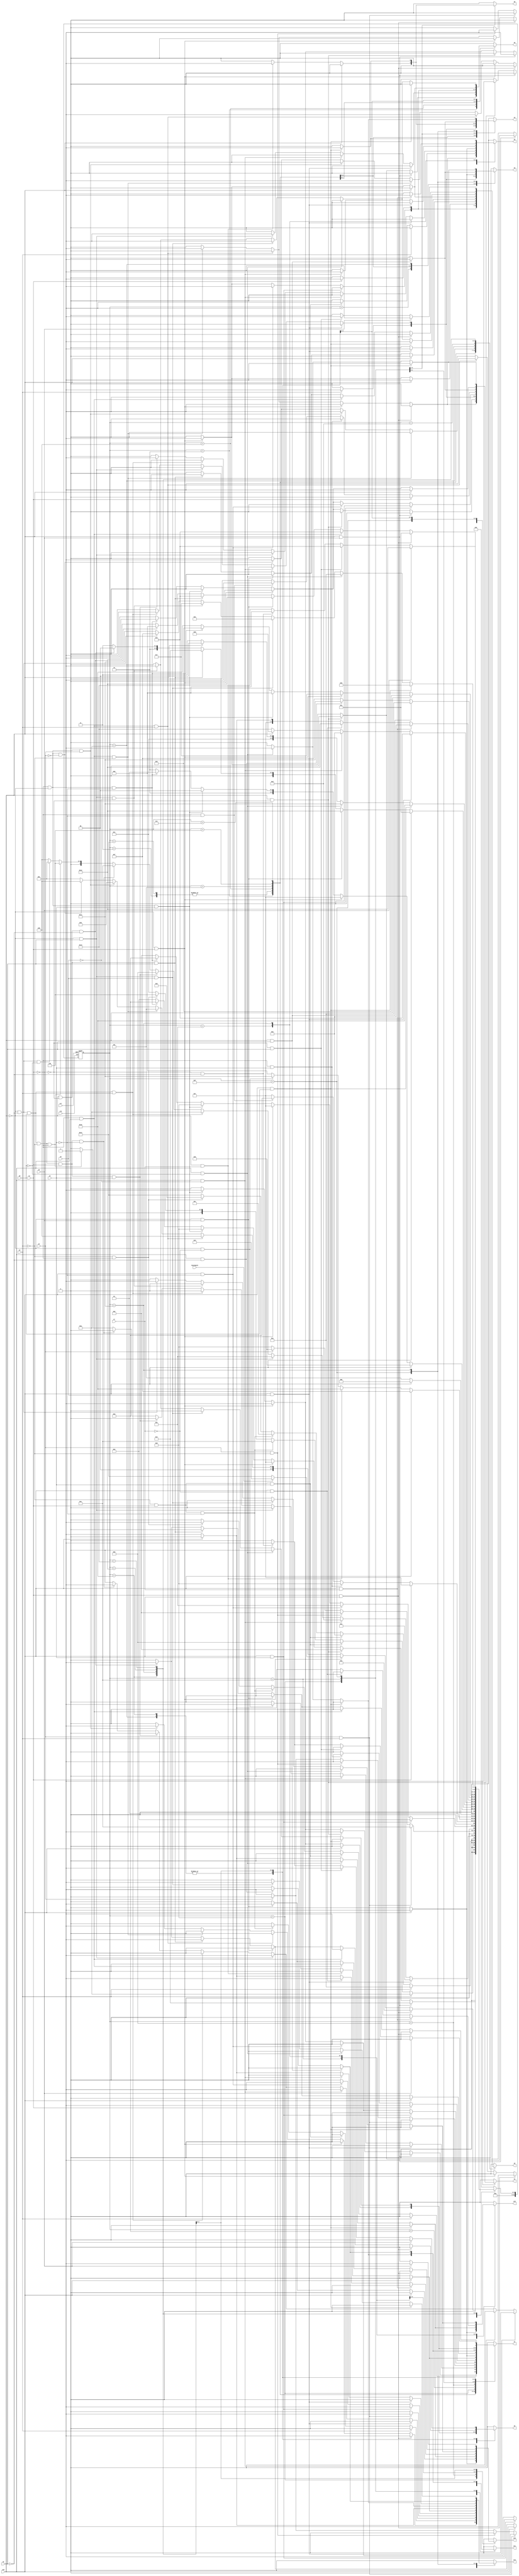
module e10 ( clk,rst,
	x1, x2, x3, x4, x5, x6, x7, x8, x9, x10, keyinput0, 
	y1, y2, y3, y4, y5, y6, y7, y8, y9, y10, y11, y12, y13);

input clk, rst, x1, x2, x3, x4, x5, x6, x7, x8, x9, x10, keyinput0;
output y1, y2, y3, y4, y5, y6, y7, y8, y9, y10, y11, y12, y13;
reg y1, y2, y3, y4, y5, y6, y7, y8, y9, y10, y11, y12, y13;

parameter s1=1, s2=2, s3=3, s4=4, s5=5, s6=6, s7=7, s8=8, s9=9, s10=10,	s11=11, s12=12, s13=13, s14=14, s15=15, s16=16, s17=17, s18=18, s19=19, s3_d=20;
integer pr_state;
integer nx_state;

always@ ( posedge rst or negedge clk )
begin
	if ( rst == 1'b1 )
		pr_state = s1;
	else
		pr_state = nx_state;
end

always@ ( pr_state or x1 or x2 or x3 or x4 or x5 or x6 or x7 or x8 or x9 or x10 or keyinput0)
	begin
			y1 = 1'b0;	y2 = 1'b0;	y3 = 1'b0;	y4 = 1'b0;	
			y5 = 1'b0;	y6 = 1'b0;	y7 = 1'b0;	y8 = 1'b0;	
			y9 = 1'b0;	y10 = 1'b0;	y11 = 1'b0;	y12 = 1'b0;	
			y13 = 1'b0;	
		case ( pr_state )
				s1 : if( x1 && x10 )
						begin
							y9 = 1'b1;	y13 = 1'b1;	
							nx_state = s2;
						end
					else if( x1 && ~x10 )
						begin
							y1 = 1'b1;	y2 = 1'b1;	
							if( keyinput0 ) nx_state = s3;
							else nx_state = s3_d;
						end
					else if( ~x1 && x10 && x4 )
						begin
							y5 = 1'b1;	y9 = 1'b1;	
							nx_state = s4;
						end
					else if( ~x1 && x10 && ~x4 )
						begin
							y1 = 1'b1;	y2 = 1'b1;	y3 = 1'b1;	
							y5 = 1'b1;	
							nx_state = s5;
						end
					else if( ~x1 && ~x10 && x2 )
						begin
							y9 = 1'b1;	y13 = 1'b1;	
							nx_state = s2;
						end
					else if( ~x1 && ~x10 && ~x2 )
						begin
							y5 = 1'b1;	y9 = 1'b1;	
							nx_state = s4;
						end
					else nx_state = s1;
				s2 : if( x10 && x5 )
						begin
							y5 = 1'b1;	y9 = 1'b1;	
							nx_state = s4;
						end
					else if( x10 && ~x5 )
						begin
							y7 = 1'b1;	y11 = 1'b1;	
							nx_state = s6;
						end
					else if( ~x10 && x1 )
						begin
							y5 = 1'b1;	y6 = 1'b1;	y7 = 1'b1;	
							y9 = 1'b1;	
							nx_state = s7;
						end
					else if( ~x10 && ~x1 && x3 )
						begin
							y7 = 1'b1;	y9 = 1'b1;	
							nx_state = s8;
						end
					else if( ~x10 && ~x1 && ~x3 )
						begin
							y1 = 1'b1;	
							nx_state = s9;
						end
					else nx_state = s2;
				s3 : if( x4 )
						begin
							y1 = 1'b1;	y3 = 1'b1;	y4 = 1'b1;	
							nx_state = s10;
						end
					else if( ~x4 && x1 && x3 )
						begin
							y2 = 1'b1;	
							nx_state = s11;
						end
					else if( ~x4 && x1 && ~x3 )
						begin
							y5 = 1'b1;	y13 = 1'b1;	
							nx_state = s12;
						end
					else if( ~x4 && ~x1 )
						begin
							y7 = 1'b1;	y11 = 1'b1;	
							nx_state = s6;
						end
					else nx_state = s3;
				s3_d : if( x4 )
						begin
							y1 = 1'b1;	y3 = 1'b1;	y4 = 1'b1;	
							nx_state = s10;
						end
					else if( ~x4 && x1 && x3 )
						begin
							y2 = 1'b1;	
							nx_state = s11;
						end
					else if( ~x4 && x1 && ~x3 )
						begin
							y5 = 1'b1;	y13 = 1'b1;	
							nx_state = s12;
						end
					else if( ~x4 && ~x1 )
						begin
							y7 = 1'b1;	y11 = 1'b1;	
							nx_state = s6;
						end
					else nx_state = s3_d;
				s4 : if( x10 && x9 )
						nx_state = s1;
					else if( x10 && ~x9 )
						begin
							y13 = 1'b1;	
							nx_state = s13;
						end
					else if( ~x10 && x6 )
						begin
							y5 = 1'b1;	y6 = 1'b1;	y13 = 1'b1;	
							nx_state = s14;
						end
					else if( ~x10 && ~x6 && x8 && x4 )
						begin
							y1 = 1'b1;	y3 = 1'b1;	y4 = 1'b1;	
							nx_state = s10;
						end
					else if( ~x10 && ~x6 && x8 && ~x4 && x1 && x3 )
						begin
							y2 = 1'b1;	
							nx_state = s11;
						end
					else if( ~x10 && ~x6 && x8 && ~x4 && x1 && ~x3 )
						begin
							y5 = 1'b1;	y13 = 1'b1;	
							nx_state = s12;
						end
					else if( ~x10 && ~x6 && x8 && ~x4 && ~x1 )
						begin
							y7 = 1'b1;	y11 = 1'b1;	
							nx_state = s6;
						end
					else if( ~x10 && ~x6 && ~x8 )
						nx_state = s1;
					else nx_state = s4;
				s5 : if( x2 && x4 )
						begin
							y5 = 1'b1;	y13 = 1'b1;	
							nx_state = s12;
						end
					else if( x2 && ~x4 )
						begin
							y7 = 1'b1;	y11 = 1'b1;	
							nx_state = s6;
						end
					else if( ~x2 )
						begin
							y7 = 1'b1;	y9 = 1'b1;	
							nx_state = s8;
						end
					else nx_state = s5;
				s6 : if( x10 && x3 )
						begin
							y9 = 1'b1;	y13 = 1'b1;	
							nx_state = s2;
						end
					else if( x10 && ~x3 )
						begin
							y5 = 1'b1;	y6 = 1'b1;	y13 = 1'b1;	
							nx_state = s14;
						end
					else if( ~x10 && x1 )
						begin
							y5 = 1'b1;	y6 = 1'b1;	y7 = 1'b1;	
							y9 = 1'b1;	
							nx_state = s7;
						end
					else if( ~x10 && ~x1 && x3 )
						begin
							y7 = 1'b1;	y9 = 1'b1;	
							nx_state = s8;
						end
					else if( ~x10 && ~x1 && ~x3 )
						begin
							y1 = 1'b1;	
							nx_state = s9;
						end
					else nx_state = s6;
				s7 : if( x1 )
						begin
							y5 = 1'b1;	y6 = 1'b1;	y7 = 1'b1;	
							y9 = 1'b1;	
							nx_state = s7;
						end
					else if( ~x1 && x3 )
						begin
							y7 = 1'b1;	y9 = 1'b1;	
							nx_state = s8;
						end
					else if( ~x1 && ~x3 )
						begin
							y1 = 1'b1;	
							nx_state = s9;
						end
					else nx_state = s7;
				s8 : if( x10 )
						begin
							y10 = 1'b1;	y12 = 1'b1;	
							nx_state = s15;
						end
					else if( ~x10 && x7 )
						begin
							y4 = 1'b1;	y8 = 1'b1;	
							nx_state = s16;
						end
					else if( ~x10 && ~x7 )
						begin
							y7 = 1'b1;	y11 = 1'b1;	y13 = 1'b1;	
							nx_state = s17;
						end
					else nx_state = s8;
				s9 : if( x10 )
						begin
							y7 = 1'b1;	y9 = 1'b1;	
							nx_state = s8;
						end
					else if( ~x10 )
						begin
							y13 = 1'b1;	
							nx_state = s13;
						end
					else nx_state = s9;
				s10 : if( x10 )
						begin
							y1 = 1'b1;	y2 = 1'b1;	y3 = 1'b1;	
							y5 = 1'b1;	
							nx_state = s5;
						end
					else if( ~x10 && x1 )
						begin
							y5 = 1'b1;	y6 = 1'b1;	y7 = 1'b1;	
							y9 = 1'b1;	
							nx_state = s7;
						end
					else if( ~x10 && ~x1 && x3 )
						begin
							y7 = 1'b1;	y9 = 1'b1;	
							nx_state = s8;
						end
					else if( ~x10 && ~x1 && ~x3 )
						begin
							y1 = 1'b1;	
							nx_state = s9;
						end
					else nx_state = s10;
				s11 : if( x10 )
						nx_state = s1;
					else if( ~x10 && x5 )
						begin
							y10 = 1'b1;	
							nx_state = s18;
						end
					else if( ~x10 && ~x5 && x6 )
						begin
							y5 = 1'b1;	y9 = 1'b1;	
							nx_state = s4;
						end
					else if( ~x10 && ~x5 && ~x6 )
						begin
							y7 = 1'b1;	y9 = 1'b1;	
							nx_state = s8;
						end
					else nx_state = s11;
				s12 : if( x10 && x8 )
						begin
							y4 = 1'b1;	y8 = 1'b1;	
							nx_state = s16;
						end
					else if( x10 && ~x8 )
						begin
							y7 = 1'b1;	y11 = 1'b1;	y13 = 1'b1;	
							nx_state = s17;
						end
					else if( ~x10 )
						begin
							y10 = 1'b1;	y12 = 1'b1;	
							nx_state = s15;
						end
					else nx_state = s12;
				s13 : if( x10 && x9 )
						begin
							y5 = 1'b1;	y9 = 1'b1;	
							nx_state = s4;
						end
					else if( x10 && ~x9 )
						begin
							y2 = 1'b1;	
							nx_state = s11;
						end
					else if( ~x10 )
						begin
							y13 = 1'b1;	
							nx_state = s19;
						end
					else nx_state = s13;
				s14 : if( x10 && x7 )
						begin
							y2 = 1'b1;	
							nx_state = s11;
						end
					else if( x10 && ~x7 )
						begin
							y10 = 1'b1;	
							nx_state = s18;
						end
					else if( ~x10 )
						begin
							y10 = 1'b1;	y12 = 1'b1;	
							nx_state = s15;
						end
					else nx_state = s14;
				s15 : if( x10 && x6 )
						begin
							y1 = 1'b1;	y3 = 1'b1;	y4 = 1'b1;	
							nx_state = s10;
						end
					else if( x10 && ~x6 )
						begin
							y7 = 1'b1;	y11 = 1'b1;	y13 = 1'b1;	
							nx_state = s17;
						end
					else if( ~x10 )
						nx_state = s15;
					else nx_state = s15;
				s16 : if( x10 )
						begin
							y1 = 1'b1;	
							nx_state = s9;
						end
					else if( ~x10 && x1 )
						begin
							y5 = 1'b1;	y6 = 1'b1;	y7 = 1'b1;	
							y9 = 1'b1;	
							nx_state = s7;
						end
					else if( ~x10 && ~x1 && x3 )
						begin
							y7 = 1'b1;	y9 = 1'b1;	
							nx_state = s8;
						end
					else if( ~x10 && ~x1 && ~x3 )
						begin
							y1 = 1'b1;	
							nx_state = s9;
						end
					else nx_state = s16;
				s17 : if( x10 && x8 )
						begin
							y1 = 1'b1;	y2 = 1'b1;	y3 = 1'b1;	
							y5 = 1'b1;	
							nx_state = s5;
						end
					else if( x10 && ~x8 )
						begin
							y1 = 1'b1;	y3 = 1'b1;	y4 = 1'b1;	
							nx_state = s10;
						end
					else if( ~x10 && x6 && x9 )
						begin
							y5 = 1'b1;	y6 = 1'b1;	y13 = 1'b1;	
							nx_state = s14;
						end
					else if( ~x10 && x6 && ~x9 )
						begin
							y5 = 1'b1;	y6 = 1'b1;	y7 = 1'b1;	
							y9 = 1'b1;	
							nx_state = s7;
						end
					else if( ~x10 && ~x6 )
						begin
							y10 = 1'b1;	y12 = 1'b1;	
							nx_state = s15;
						end
					else nx_state = s17;
				s18 : if( x10 && x1 )
						nx_state = s1;
					else if( x10 && ~x1 )
						begin
							y5 = 1'b1;	y9 = 1'b1;	
							nx_state = s4;
						end
					else if( ~x10 && x5 )
						begin
							y10 = 1'b1;	
							nx_state = s18;
						end
					else if( ~x10 && ~x5 && x6 )
						begin
							y5 = 1'b1;	y9 = 1'b1;	
							nx_state = s4;
						end
					else if( ~x10 && ~x5 && ~x6 )
						begin
							y7 = 1'b1;	y9 = 1'b1;	
							nx_state = s8;
						end
					else nx_state = s18;
				s19 : if( x5 )
						begin
							y10 = 1'b1;	
							nx_state = s18;
						end
					else if( ~x5 && x6 )
						begin
							y5 = 1'b1;	y9 = 1'b1;	
							nx_state = s4;
						end
					else if( ~x5 && ~x6 )
						begin
							y7 = 1'b1;	y9 = 1'b1;	
							nx_state = s8;
						end
					else nx_state = s19;

			default : nx_state = 0;
		endcase
	end
endmodule